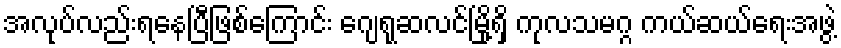
အလုပ်လည်းရနေပြီဖြစ်ကြောင်း ဂျေရုဆလင်မြို့ရှိ ကုလသမဂ္ဂ ကယ်ဆယ်ရေးအဖွဲ့